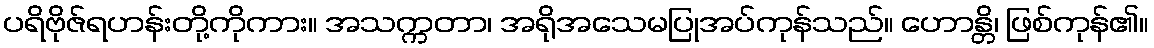
ပရိဗိုဇ်ရဟန်းတို့ကိုကား။ အသက္ကတာ၊ အရိုအသေမပြုအပ်ကုန်သည်။ ဟောန္တိ၊ ဖြစ်ကုန်၏။